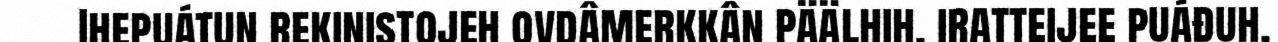
Ihepuátun rekinistojeh ovdâmerkkân päälhih, iratteijee puáđuh,